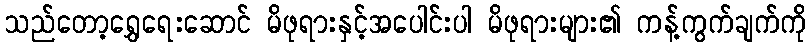
သည်တော့ရွှေရေးဆောင် မိဖုရားနှင့်အပေါင်းပါ မိဖုရားများ၏ ကန့်ကွက်ချက်ကို